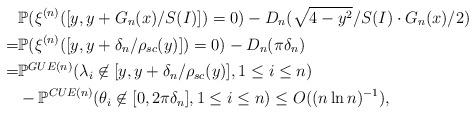
LaTeX: \begin{align*}&\mathbb{P}(\xi^{(n)}([y,y+G_n(x)/S(I)])=0)-D_n(\sqrt{4-y^2}/S(I) \cdot G_n(x)/2)\\=&\mathbb{P}(\xi^{(n)}([y,y+\delta_n/\rho_{sc}(y)])=0)-D_n(\pi\delta_n)\\=&\mathbb{P}^{GUE(n)}(\lambda_i\not\in [y,y+\delta_n/\rho_{sc}(y)],1\leq i\leq n)\\&-\mathbb{P}^{CUE(n)}(\theta_i\not\in [0,2\pi\delta_n],1\leq i\leq n)\leq O((n\ln n)^{-1}),\end{align*}